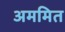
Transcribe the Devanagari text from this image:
अममित